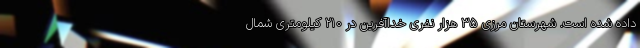
داده شده است. شهرستان مرزی ۳۵ هزار نفری خداآفرین در ۲۱۰ کیلومتری شمال